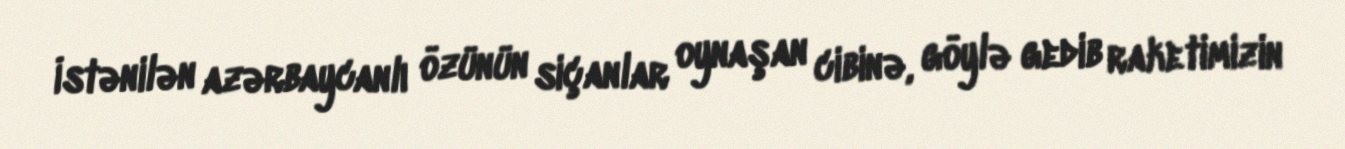
İstənilən azərbaycanlı özünün siçanlar oynaşan cibinə, göylə gedib raketimizin